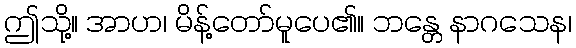
ဤသို့။ အာဟ၊ မိန့်တော်မူပေ၏။ ဘန္တေ နာဂသေန၊